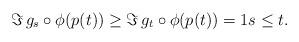
LaTeX: \begin{align*} \Im\, g_s\circ\phi(p(t)) \geq \Im \, g_t\circ\phi(p(t)) =1 s\leq t.\end{align*}